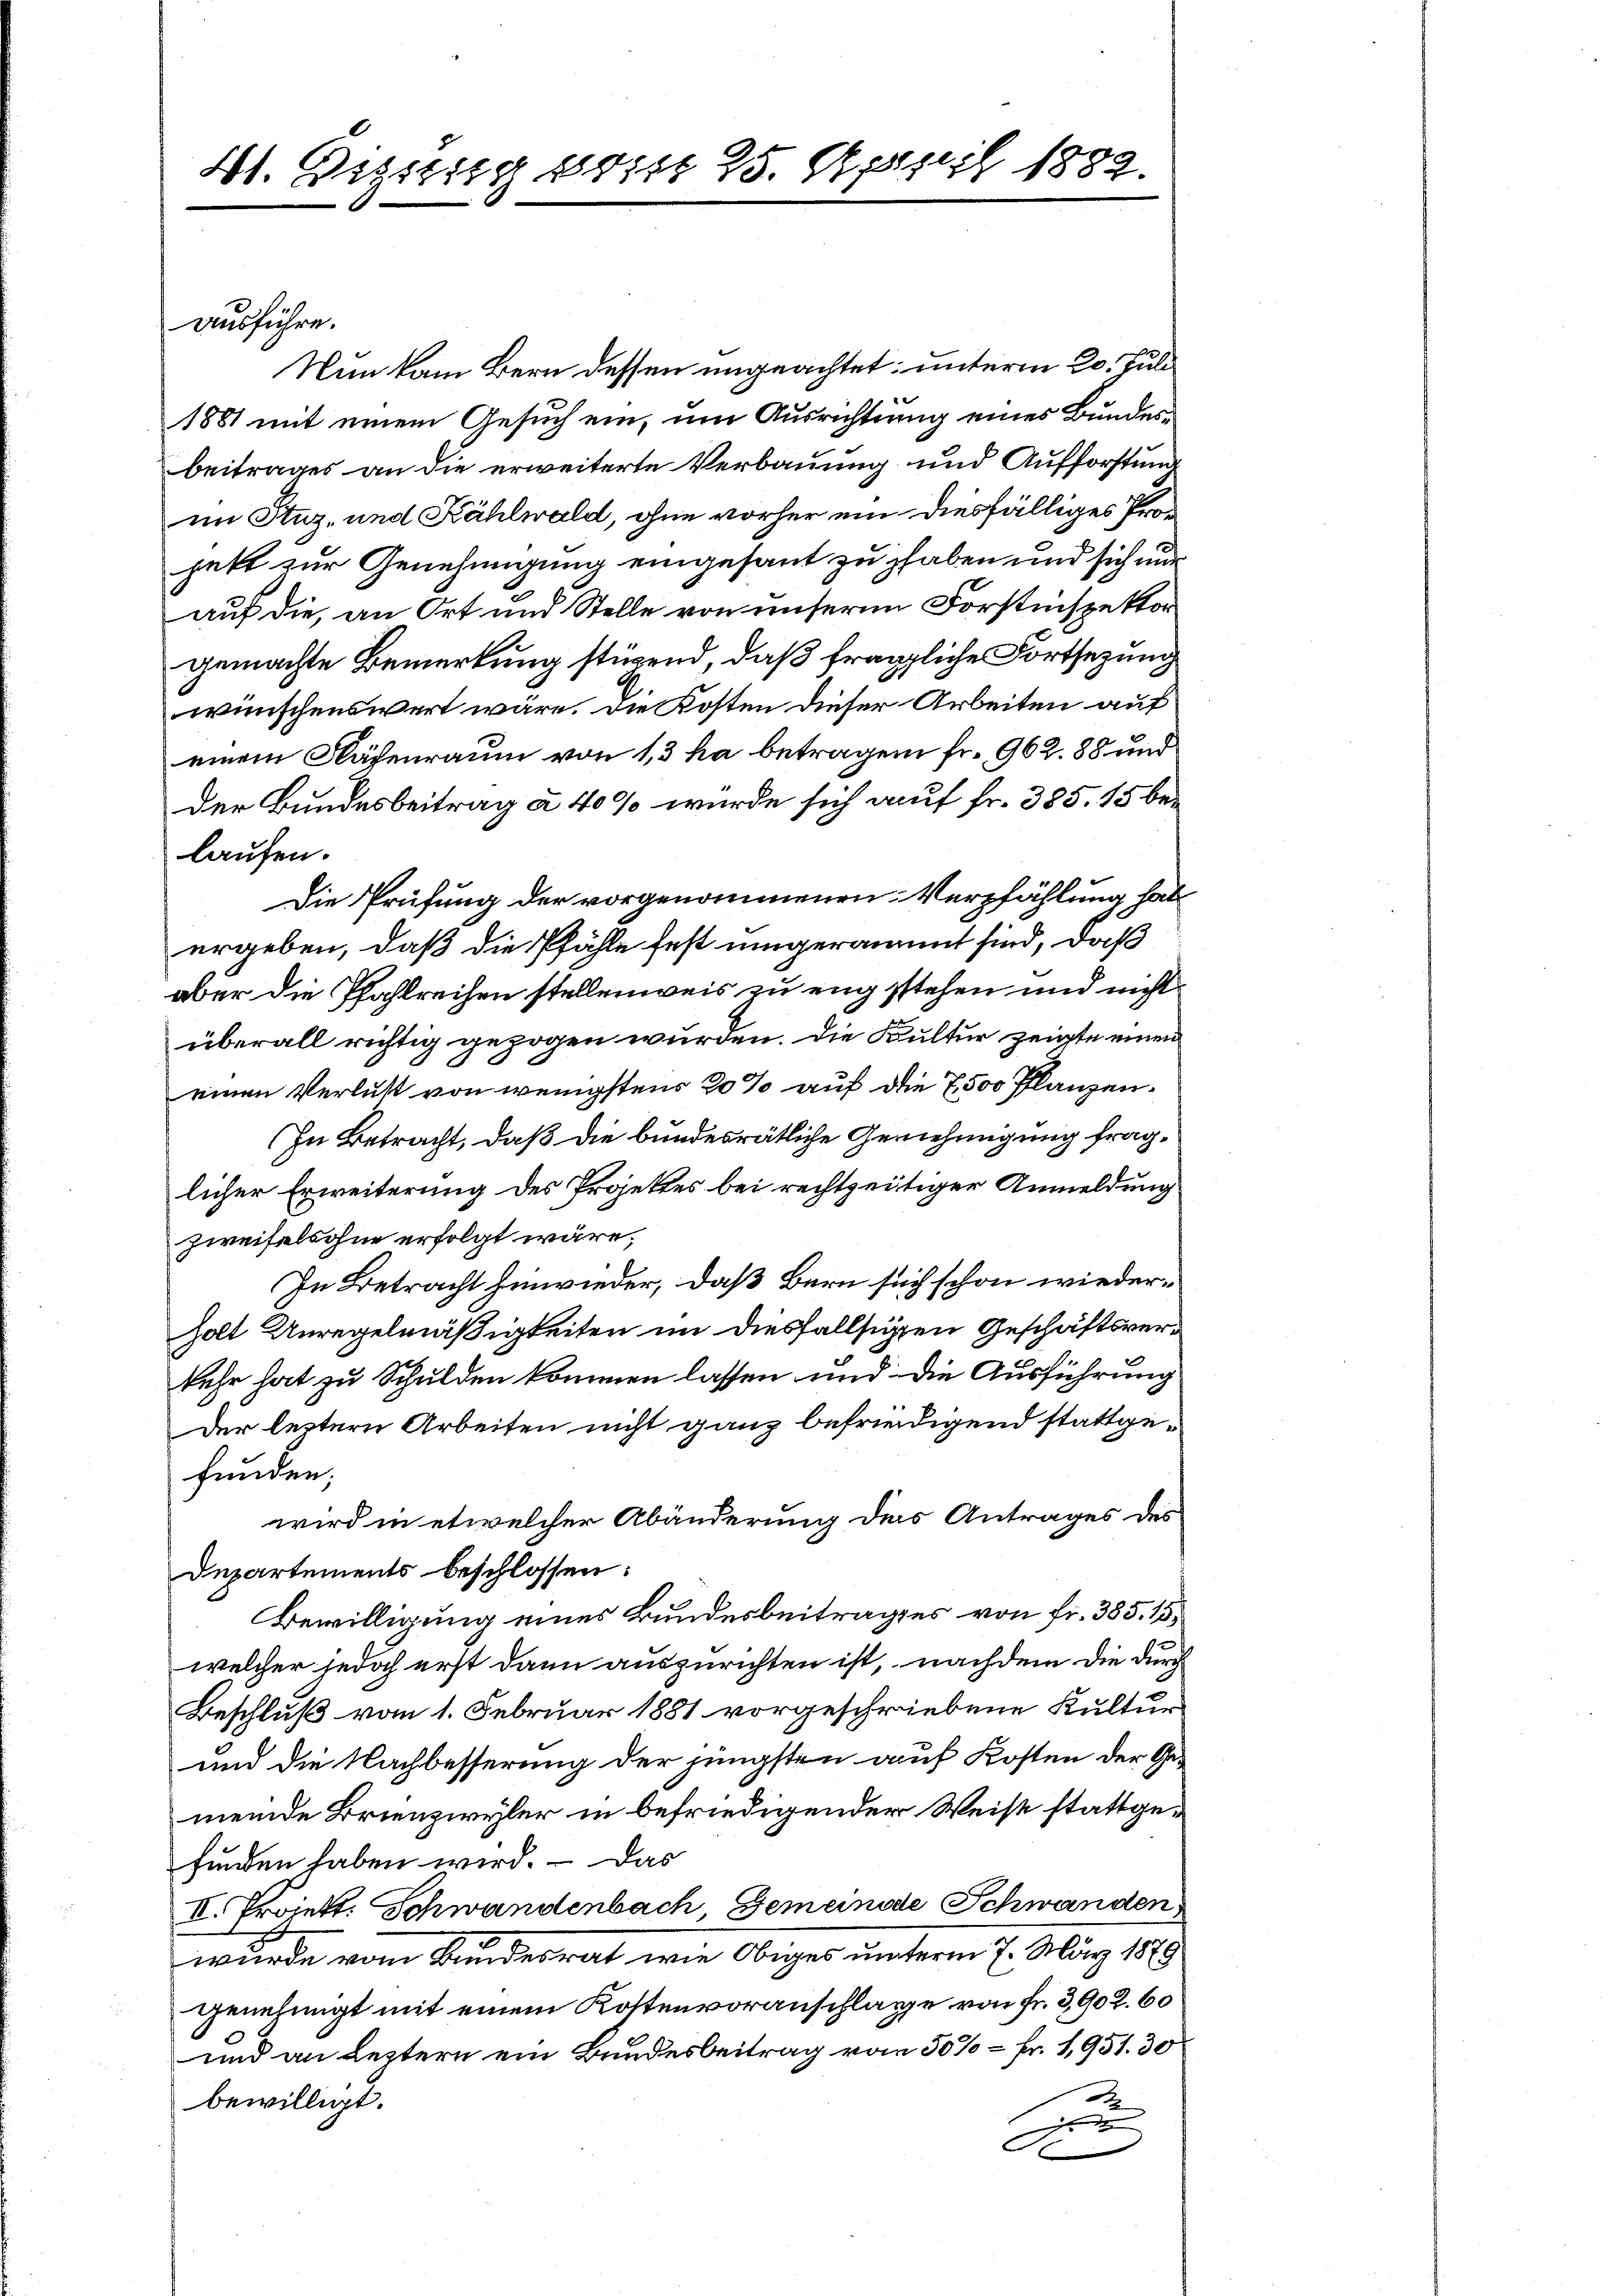
41. Distig bis 25. April 1882.

ausführe.

Nun kam Bern dessen ungeachtet; unterm 20. Juli
1881 mit einem Gesuch ein, um Ausrichtung eines Bundesbeitrages an die erweiterte Verbauung und Aufforstung
im Stuz, und Kählwald, ohne vorher ein diesfälliges Prod
jekt zur Genehmigung eingesant zu haben und sich nur
auf die, an Ort und Stelle von unserm Forstinspektor
gemachte Bemerkung stirend, daß fragliche Fortsetzung
wünschenswert wäre. Die Kosten dieser Arbeiten auf
einem Nächenraum von 13 ha betragen fr. 962. 88 und
der Bundesbeitrag à 40% wurde sich auf fr. 385. 15 belaufen.
Die Prüfung der vorgenommenen Verpfählung hat
ergeben, daß die Pfähle fest umgeräumet sind, daß
aber die Pfahlreihen stellenweis zu engsstehen und nicht
überall richtig gezogen wurden. Die Kultur zeigte einen
einen Verlust von wenigstens 20% auf die 7,500 Planzen.
In Betracht, daß die bundesrätliche Genehmigung fraglicher Erweiterung des Projektes bei rechtzeitiger Anmeldung
zweifelsohne erfolgt wäre;
In Betracht hinwieder, daß Bern sich schon wiederholt Unregelmäßigkeiten im diesfallsigen Geschäftsver¬
2
kehr hat zu Schulden kommen lassen und die Ausführung
Der leztern Arbeiten nicht ganz befriedigend stattgefunden;
wird in etwelcher Abänderung des Antrages des
Departements beschlossen:
Bewilligung eines Bundesbeitrages von fr. 385. 15,
welcher jedoch erst dann auszurichten ist, nachdem die durch
Beschluß vom 1. Februar 1881 vorgeschriebene Kultur
und die Nachbesserung der jüngsten auf Kosten der Gemeinde Brienzwyler in befriedigender Weise stattgefunden haben wird. – Das
II. Projekt. Schwandenbach, Gemeinde Schwanden
wurde vom Bundesrat wie Obiger unterm 7. März 189
genehmigt mit einem Kostenvoranschlage von Fr. 3,902. 60
und an Leztern ein Bundesbeitrag vom 50% = Fr. 1951. 30
bewilligt.
e